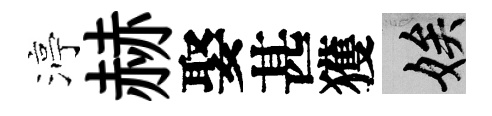
渟赫娶甚獲娭